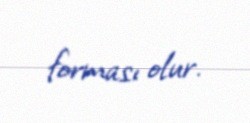
forması olur.